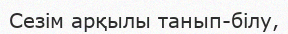
Сезім арқылы танып-білу,